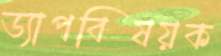
ড্যাপবিষয়ক